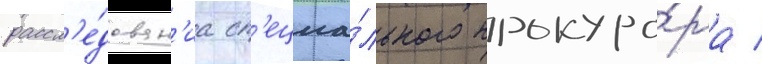
рассл'е́дован'иа сп'ециа́льного прокуро́ра /